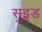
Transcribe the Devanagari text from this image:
सुइड